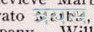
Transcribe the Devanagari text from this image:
त्रयस्र